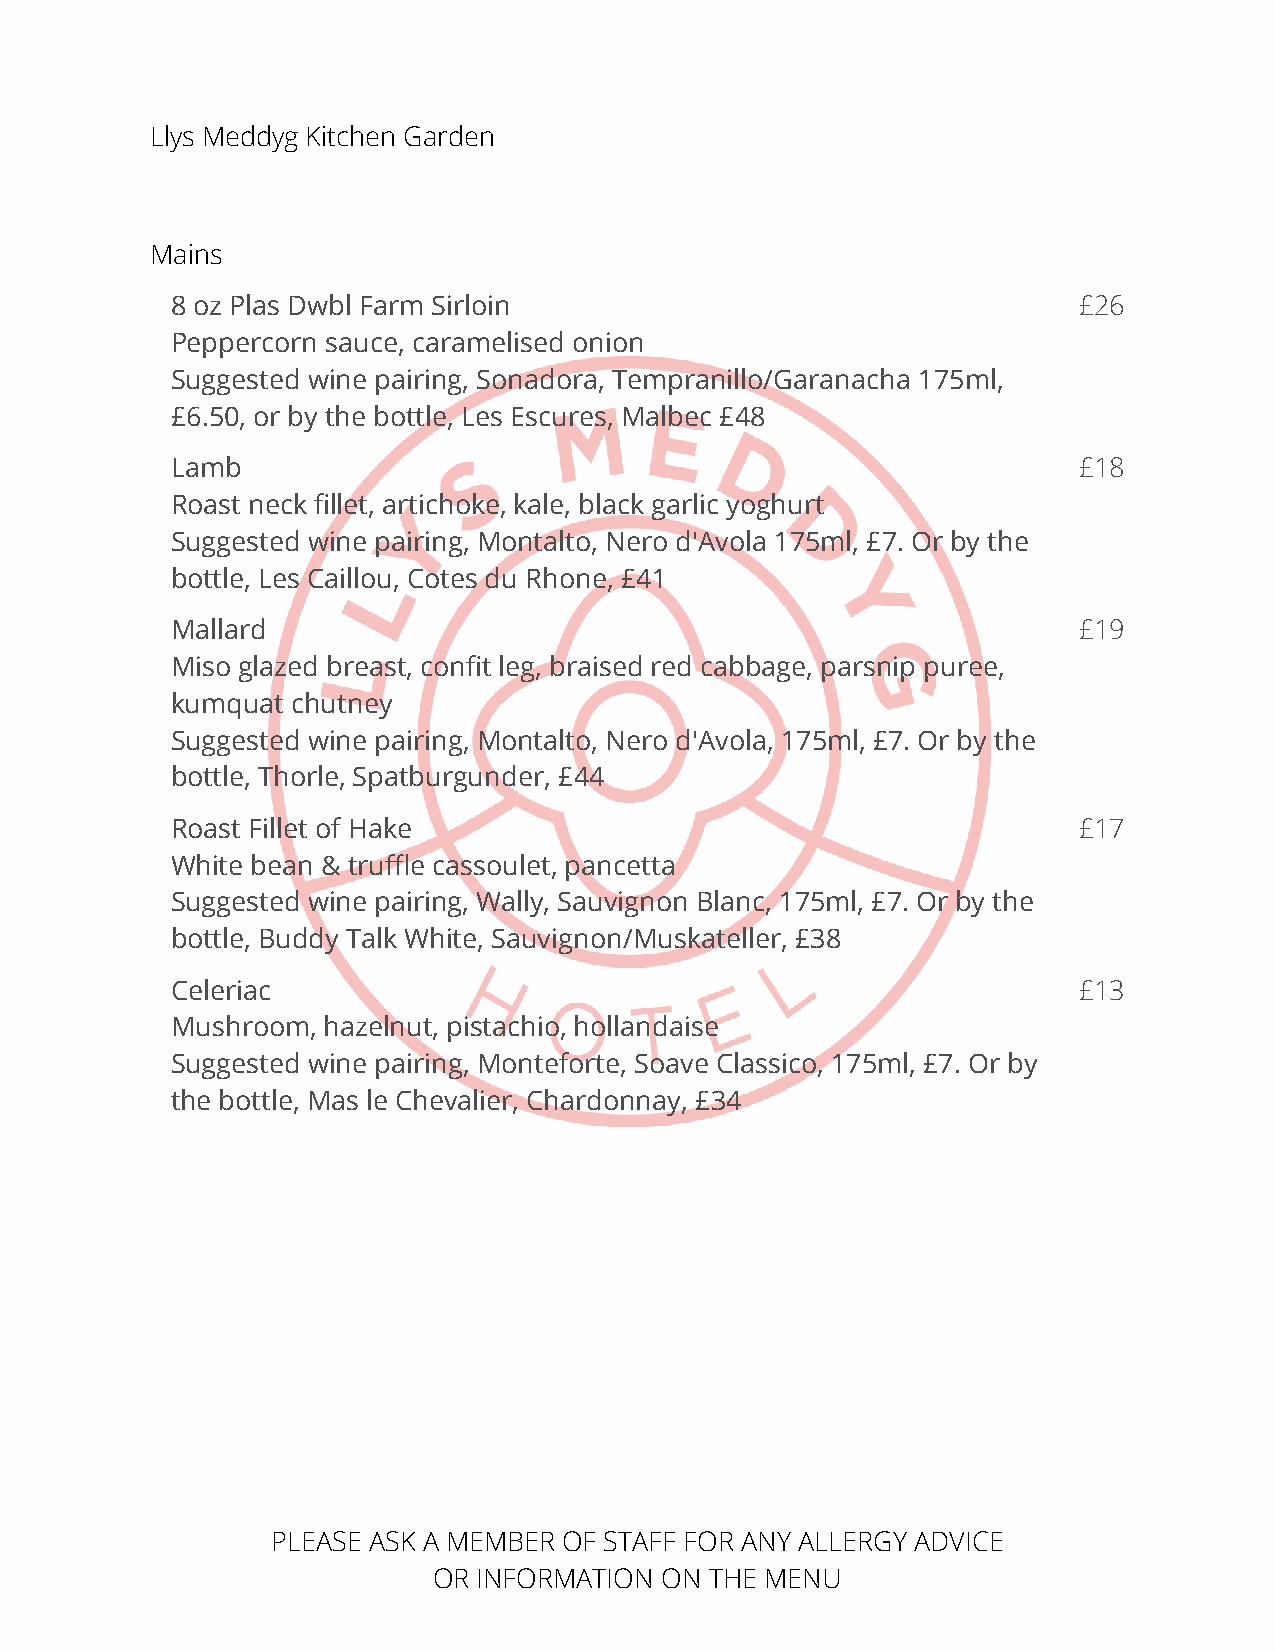
Llys Meddyg Kitchen Garden
 Mains
 8 oz Plas Dwbl Farm Sirloin                                 £26
 Peppercorn sauce, caramelised onion
 Suggested wine pairing, Sonadora, Tempranillo/Garanacha 175ml,
 £6.50, or by the bottle, Les Escures, Malbec £48
 Lamb                                                        £18
 Roast neck fillet, artichoke, kale, black garlic yoghurt
 Suggested wine pairing, Montalto, Nero d'Avola 175ml, £7. Or by the
 bottle, Les Caillou, Cotes du Rhone, £41
 Mallard                                                     £19
 Miso glazed breast, confit leg, braised red cabbage, parsnip puree,
 kumquat chutney
 Suggested wine pairing, Montalto, Nero d'Avola, 175ml, £7. Or by the
 bottle, Thorle, Spatburgunder, £44
 Roast Fillet of Hake                                        £17
 White bean & truffle cassoulet, pancetta
 Suggested wine pairing, Wally, Sauvignon Blanc, 175ml, £7. Or by the
 bottle, Buddy Talk White, Sauvignon/Muskateller, £38
 Celeriac                                                    £13
 Mushroom, hazelnut, pistachio, hollandaise
 Suggested wine pairing, Monteforte, Soave Classico, 175ml, £7. Or by
 the bottle, Mas le Chevalier, Chardonnay, £34
 PLEASE ASK A MEMBER OF STAFF FOR ANY ALLERGY ADVICE
 OR INFORMATION ON THE MENU